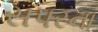
સપરના